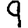
Digit: 9